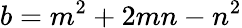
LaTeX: b=m^{2}+2mn-n^{2}